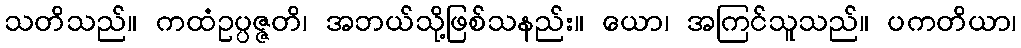
သတိသည်။ ကထံဥပ္ပဇ္ဇတိ၊ အဘယ်သို့ဖြစ်သနည်း။ ယော၊ အကြင်သူသည်။ ပကတိယာ၊